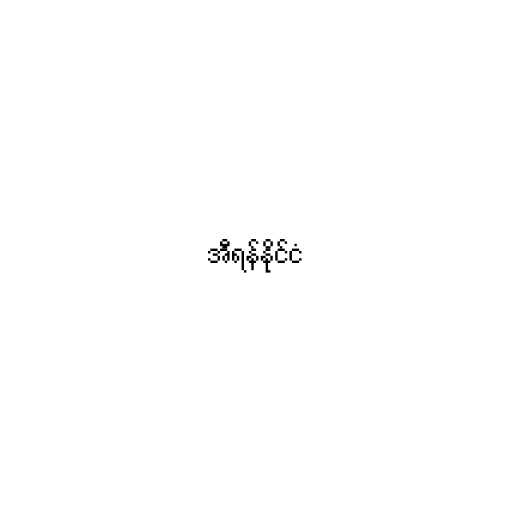
အီရန်နိုင်ငံ